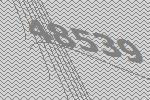
48539